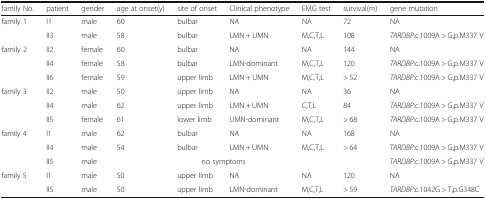
<table><thead><tr><td><b>family No.</b></td><td><b>patient</b></td><td><b>gender</b></td><td><b>age at onset(y)</b></td><td><b>site of onset</b></td><td><b>Clinical phenotype</b></td><td><b>EMG test</b></td><td><b>survival(m)</b></td><td><b>gene mutation</b></td></tr></thead><tbody><tr><td rowspan="2">family 1</td><td>I1</td><td>male</td><td>60</td><td>bulbar</td><td>NA</td><td>NA</td><td>72</td><td>NA</td></tr><tr><td>II3</td><td>male</td><td>58</td><td>bulbar</td><td>LMN + UMN</td><td>M,C,T,L</td><td>108</td><td><i>TARDBP</i>:c.1009A &gt; G,p.M337 V</td></tr><tr><td rowspan="3">family 2</td><td>II2</td><td>female</td><td>60</td><td>bulbar</td><td>NA</td><td>NA</td><td>144</td><td>NA</td></tr><tr><td>II4</td><td>female</td><td>58</td><td>bulbar</td><td>LMN-dominant</td><td>M,C,T,L</td><td>120</td><td><i>TARDBP</i>:c.1009A &gt; G,p.M337 V</td></tr><tr><td>II6</td><td>female</td><td>59</td><td>upper limb</td><td>LMN + UMN</td><td>M,C,T,L</td><td>&gt; 52</td><td><i>TARDBP</i>:c.1009A &gt; G,p.M337 V</td></tr><tr><td rowspan="3">family 3</td><td>II2</td><td>male</td><td>50</td><td>upper limb</td><td>NA</td><td>NA</td><td>36</td><td>NA</td></tr><tr><td>II4</td><td>male</td><td>62</td><td>upper limb</td><td>LMN + UMN</td><td>C,T,L</td><td>84</td><td><i>TARDBP</i>:c.1009A &gt; G,p.M337 V</td></tr><tr><td>II5</td><td>female</td><td>61</td><td>lower limb</td><td>UMN-dominant</td><td>M,C,T,L</td><td>&gt; 68</td><td><i>TARDBP</i>:c.1009A &gt; G,p.M337 V</td></tr><tr><td rowspan="3">family 4</td><td>I1</td><td>male</td><td>62</td><td>bulbar</td><td>NA</td><td>NA</td><td>168</td><td>NA</td></tr><tr><td>II4</td><td>male</td><td>54</td><td>bulbar</td><td>LMN + UMN</td><td>M,C,T,L</td><td>&gt; 64</td><td><i>TARDBP</i>:c.1009A &gt; G,p.M337 V</td></tr><tr><td>II5</td><td>male</td><td colspan="4">no symptoms</td><td></td><td><i>TARDBP</i>:c.1009A &gt; G,p.M337 V</td></tr><tr><td rowspan="2">family 5</td><td>I1</td><td>male</td><td>50</td><td>upper limb</td><td>NA</td><td>NA</td><td>120</td><td>NA</td></tr><tr><td>II5</td><td>male</td><td>50</td><td>upper limb</td><td>LMN-dominant</td><td>M,C,T,L</td><td>&gt; 59</td><td><i>TARDBP</i>:c.1042G &gt; T,p.G348C</td></tr></tbody></table>